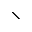
\setminus